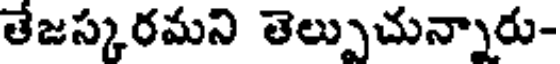
తేజస్కరమని తెల్పుచున్నారు-